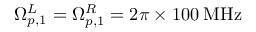
\Omega _ { p , 1 } ^ { L } = \Omega _ { p , 1 } ^ { R } = 2 \pi \times 1 0 0 \: \mathrm { M H z }